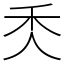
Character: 秂